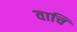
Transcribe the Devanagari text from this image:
वाचि